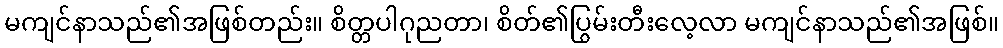
မကျင်နာသည်၏အဖြစ်တည်း။ စိတ္တပါဂုညတာ၊ စိတ်၏ပြွမ်းတီးလေ့လာ မကျင်နာသည်၏အဖြစ်။